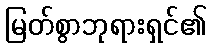
မြတ်စွာဘုရားရှင်၏